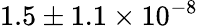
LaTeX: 1.5\pm 1.1\times 10^{-8}